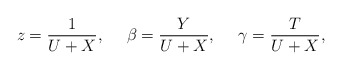
\begin{align*}z = \frac{1}{U + X}, \ \ \ \ \beta = \frac{Y}{U+X}, \ \ \ \ \gamma = \frac{T}{U+X},\end{align*}